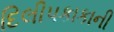
દિલીપકાકાની